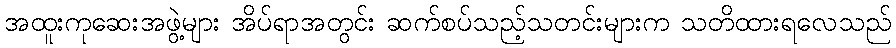
အထူးကုဆေးအဖွဲ့များ အိပ်ရာအတွင်း ဆက်စပ်သည့်သတင်းများက သတိထားရလေသည်